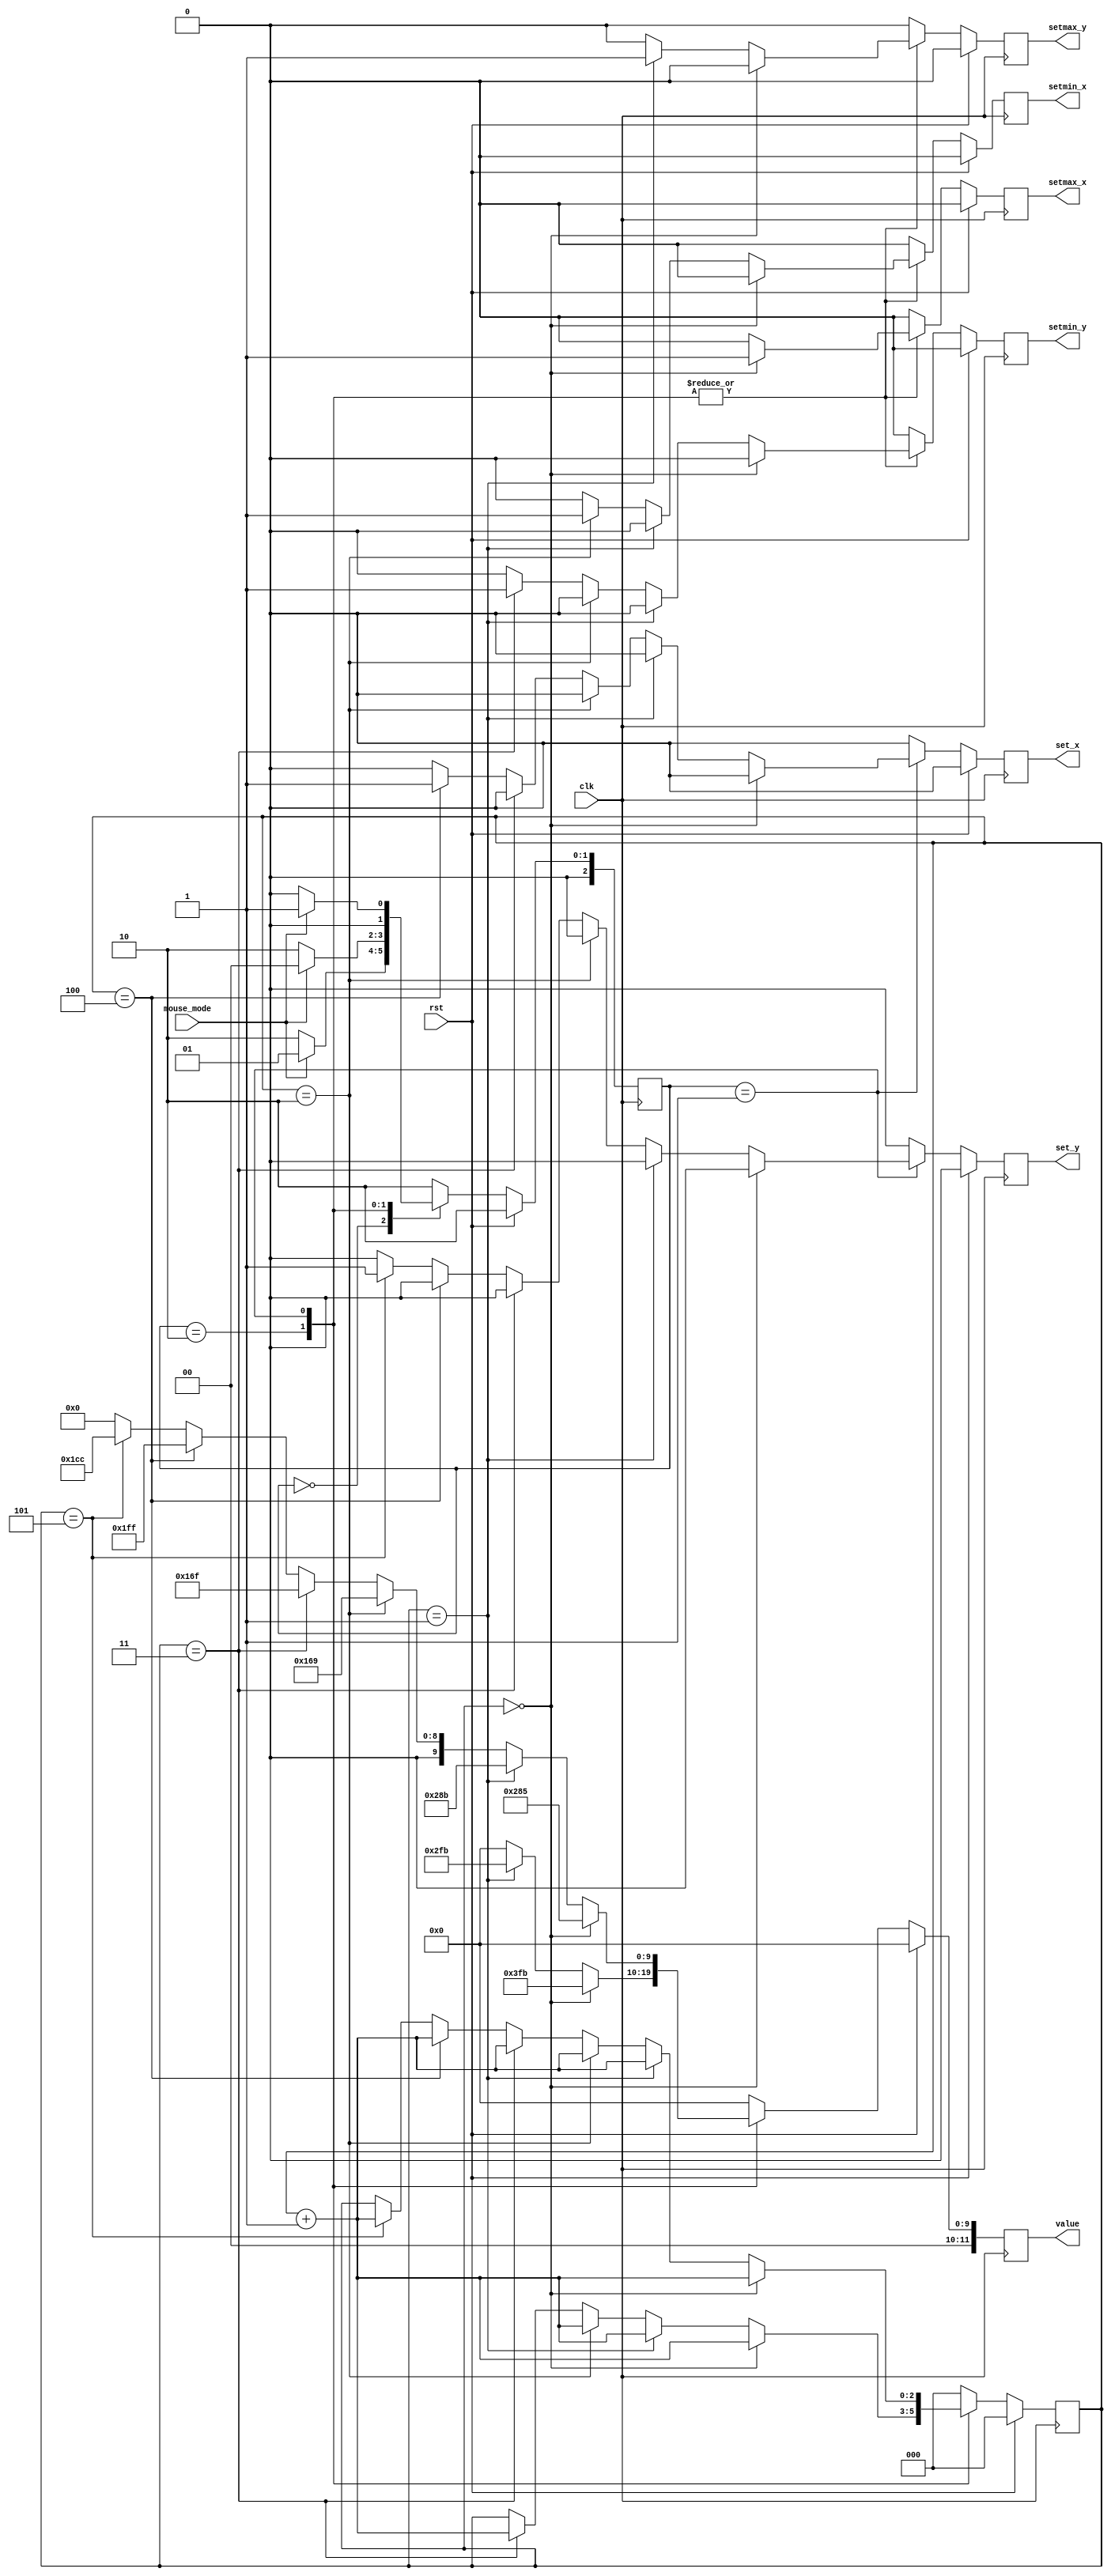
`timescale 1ns / 1ps
//////////////////////////////////////////////////////////////////////////////////
// Company: 
// Engineer: 
// 
// Design Name: 
// Module Name: mouse_constrainer
// Project Name: 
// Target Devices: 
// Tool Versions: 
// Description: 
// 
// Dependencies: 
// 
// Revision:
// Revision 0.01 - File Created
// Additional Comments:
// 
//////////////////////////////////////////////////////////////////////////////////
/*
*MO-created module, allows for setting boundaries for mouse movement
*PWJ - added setting postition to center of game field after starting GAME_MODE
*/
module mouse_constrainer
    #( parameter
        MIN_Y     = 367,
        MAX_Y     = 667,
        MIN_X     = 361,
        MAX_X     = 661
     )
    (
        input wire clk,
        input wire rst,
        input wire mouse_mode,
        
        output reg [11:0] value,
        output reg setmax_x,
        output reg setmax_y,
        output reg setmin_x,
        output reg setmin_y,
        output reg set_x,
        output reg set_y
    );

reg [11:0] value_nxt = 0;
reg [2:0] counter = 0, counter_nxt = 0;
reg setmax_x_nxt, setmax_y_nxt, setmin_x_nxt, setmin_y_nxt, set_x_nxt, set_y_nxt;
reg [2:0] state,state_nxt;

localparam BOX_CENTER_X = 511,
           BOX_CENTER_Y = 460;

localparam COUNTER_RESET = 2'b00,
           GAME_MODE     = 2'b01,
           MENU_MODE     = 2'b10;

always @(posedge clk) begin
    if(rst) begin
        state    <= MENU_MODE;
        value    <= 0;
        setmax_x <= 0;
        setmax_y <= 0;
        setmin_x <= 0;
        setmin_y <= 0;
        set_x    <= 0;
        set_y    <= 0;
        counter  <= 0;
        end
    else begin
        state    <= state_nxt;
        value    <= value_nxt;
        setmax_x <= setmax_x_nxt;
        setmax_y <= setmax_y_nxt;
        setmin_x <= setmin_x_nxt;
        setmin_y <= setmin_y_nxt;
        set_x    <= set_x_nxt;
        set_y    <= set_y_nxt;
        counter  <= counter_nxt;
        end
end
    
always @* begin
    setmax_x_nxt = 0;
    setmax_y_nxt = 0;
    setmin_x_nxt = 0;
    setmin_y_nxt = 0;
    set_x_nxt    = 0;
    set_y_nxt    = 0;
    value_nxt    = 0;
    counter_nxt  = 0;
    state_nxt    = MENU_MODE;
    
    case(state)
        COUNTER_RESET: begin
            counter_nxt = 0;
            if (mouse_mode == 1)
                state_nxt = GAME_MODE;
            else if (mouse_mode == 0)
                state_nxt = MENU_MODE;
            else
                state_nxt = COUNTER_RESET;
              //state_nxt = menu_on ? MENU_MODE : IDLE; //CZEMU DODANIE TEJ LINIJKI PSUJE WSZYSTKIE PRZYCISKI??????/
              //FOR FUTURE USES NEVER USE LINE ABOVE TO CHECK STATES OF BUTTONS - FOR SOME REASON DISABLES ALL BUTTONS
        end 
        
        MENU_MODE : begin
            if (counter == 0) begin
                setmax_x_nxt = 1;
                value_nxt = 1019;
                counter_nxt = counter + 1;
            end
            else if (counter == 1) begin
                setmax_y_nxt = 1;
                value_nxt = 763;
                counter_nxt = counter +1;
            end
            else if (counter == 2) begin
                setmin_x_nxt = 1;
                value_nxt = 0;
                counter_nxt = counter +1;
            end
            else if (counter == 3) begin
                setmin_y_nxt = 1;
                value_nxt = 0;
                counter_nxt = counter + 1;
            end
            else
                counter_nxt = counter;  
                
            state_nxt = (mouse_mode == 3'b001) ? COUNTER_RESET : MENU_MODE;
            
        end
            
        GAME_MODE: begin
            if (counter == 0) begin
                setmax_x_nxt = 1;
                value_nxt = MAX_X - 16;
                counter_nxt = counter +1;
            end
            else if (counter == 1) begin
                setmax_y_nxt = 1;
                value_nxt = MAX_Y - 16;
                counter_nxt = counter +1;
            end
            else if (counter == 2) begin
                setmin_x_nxt = 1;
                value_nxt = MIN_X;
                counter_nxt = counter +1;
            end
            else if (counter == 3) begin
                setmin_y_nxt = 1;
                value_nxt = MIN_Y;
                counter_nxt = counter +1;
            end
            else if (counter == 4) begin
                set_x_nxt = 1;
                value_nxt = BOX_CENTER_X;
                counter_nxt = counter +1;
            end
            else if (counter == 5) begin
                set_y_nxt = 1;
                value_nxt = BOX_CENTER_Y;
                counter_nxt = counter +1;
            end
            else
                counter_nxt = counter;    
                            
            state_nxt = (mouse_mode == 3'b000) ? COUNTER_RESET : GAME_MODE;
            
        end    
    endcase
end

endmodule